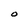
Character: O